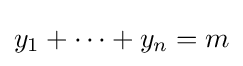
y_{1}+\cdots +y_{n}=m